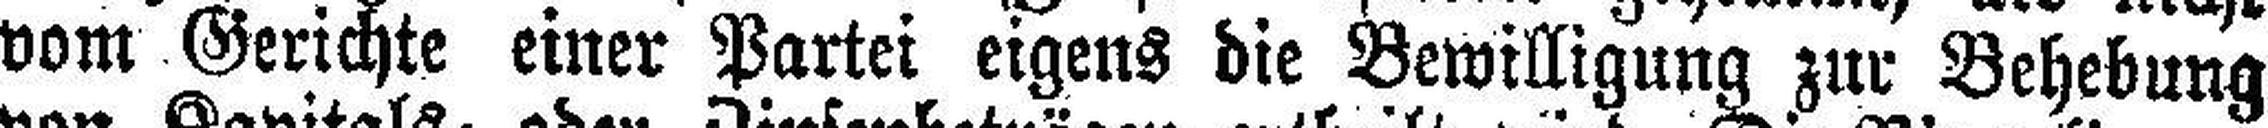
vom Gerichte einer Partei eigens die Bewilligung zur Behebung